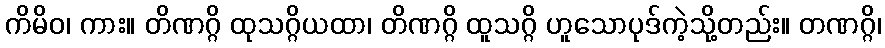
ကိမိဝ၊ ကား။ တိဏဂ္ဂိ ထုသဂ္ဂိယထာ၊ တိဏဂ္ဂိ ထူသဂ္ဂိ ဟူသောပုဒ်ကဲ့သို့တည်း။ တဏဂ္ဂိ၊